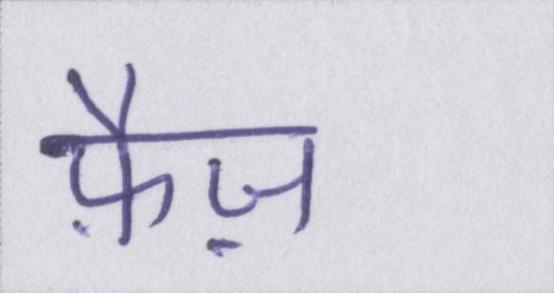
फ़ैज़